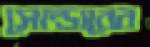
সোল্ডারের